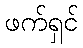
ဖက်ရှင်